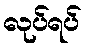
လုပ်ရပ်